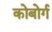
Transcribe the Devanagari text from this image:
कोबोर्ग